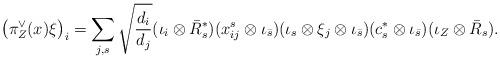
LaTeX: \begin{align*} \big(\pi^\vee_Z(x)\xi\big)_i=\sum_{j,s}\sqrt{\frac{d_i}{d_j}} (\iota_i \otimes \bar{R}_s^*)(x^s_{ij}\otimes\iota_{\bar s})(\iota_s\otimes\xi_j\otimes\iota_{\bar s})(c^*_s\otimes\iota_{\bar s})(\iota_Z\otimes \bar R_s).\end{align*}